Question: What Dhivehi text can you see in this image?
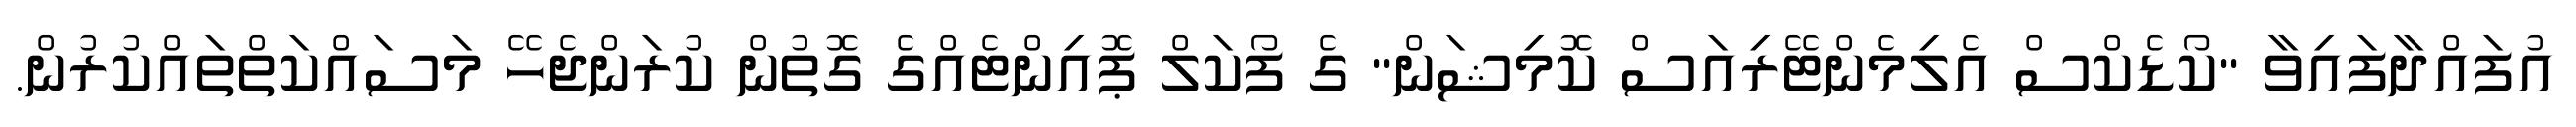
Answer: އުފައްދާފައިވާ "ކޯޑެކްސް އެލިމެންޓޭރިއަސް ކޮމިޝަން" ގެ ފޯކަލް ޕޮއިންޓެއްގެ ގޮތުން ކުރަންޖެހޭ މަސައްކަތްތައްކުރުން.